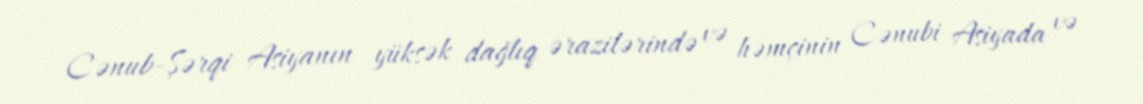
Cənub-Şərqi Asiyanın yüksək dağlıq ərazilərində və həmçinin Cənubi Asiyada və